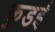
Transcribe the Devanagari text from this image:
कुडई